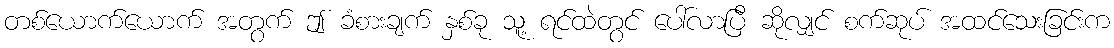
တစ်ယောက်ယောက် အတွက် ဤ ခံစားချက် နှစ်ခု သူ့ ရင်ထဲတွင် ပေါ်လာပြီ ဆိုလျှင် စက်ဆုပ် အထင်သေးခြင်းက